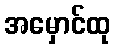
အမှောင်ထု